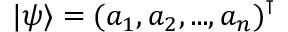
| \psi \rangle = ( a _ { 1 } , a _ { 2 } , . . . , a _ { n } ) ^ { \intercal }